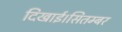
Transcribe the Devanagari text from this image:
दिखाई।सितम्बर